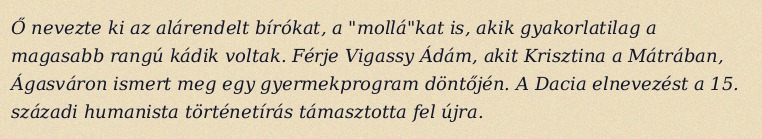
Ő nevezte ki az alárendelt bírókat, a "mollá"kat is, akik gyakorlatilag a magasabb rangú kádik voltak. Férje Vigassy Ádám, akit Krisztina a Mátrában, Ágasváron ismert meg egy gyermekprogram döntőjén. A Dacia elnevezést a 15. századi humanista történetírás támasztotta fel újra.